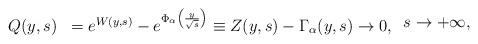
LaTeX: \begin{align*}\begin{array}{ll}Q(y, s) &= e^{W(y,s)} - e^{\Phi_\alpha\left(\frac{y}{\sqrt{s}}\right)} \equiv Z(y,s) - \Gamma_\alpha(y,s) \to 0,\end{array}\; s \to +\infty,\end{align*}